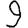
Digit: 9